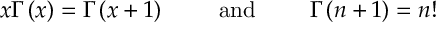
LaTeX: x \Gamma \left( x \right) = \Gamma \left( x + 1 \right) \mathrm { \qquad ~ a n d ~ \qquad } \Gamma \left( n + 1 \right) = n !